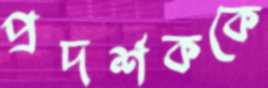
প্রদর্শককে